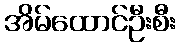
အိမ်ထောင်ဦးစီး